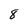
Character: 8